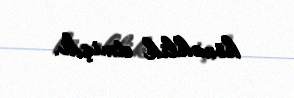
köməklik etmişdi.